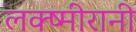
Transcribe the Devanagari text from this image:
लक्ष्मीरानी